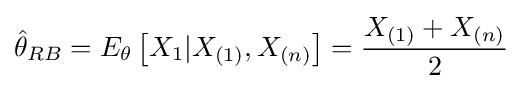
{\hat {\theta }}_{RB}=E_{\theta }\left[X_{1}|X_{(1)},X_{(n)}\right]={\frac {X_{(1)}+X_{(n)}}{2}}